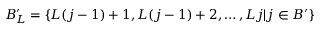
B _ { L } ^ { \prime } = \{ L ( j - 1 ) + 1 , L ( j - 1 ) + 2 , \ldots , L j | j \in B ^ { \prime } \}